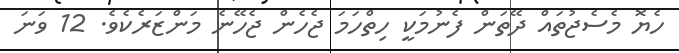
ހެޔޮ މެސެޖުތައް ދޭތަން ފެނުމަކީ ހިތްހަމަ ޖެހެން ޖެހޭނެ މަންޒަރެކެވެ. 12 ވަނަ